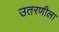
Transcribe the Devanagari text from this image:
उतरणीला